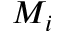
M _ { i }